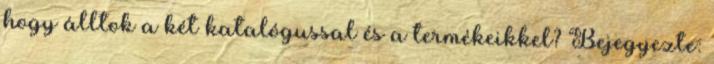
hogy álltok a két katalógussal és a termékeikkel? Bejegyezte: